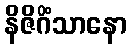
နိဇိဂိံသာနော